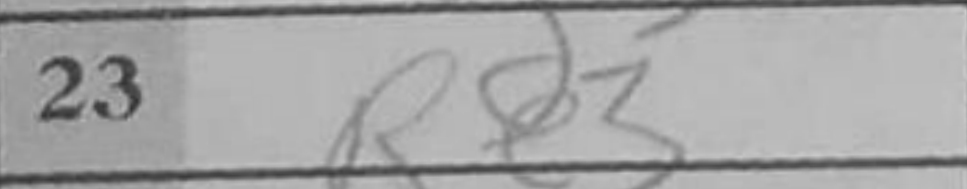
Transcription: Re3